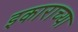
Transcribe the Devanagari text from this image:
इकाराच्या